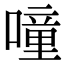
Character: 噇